Report on vaccination in the Province of Bengal - 1874-1889
Year: 1874
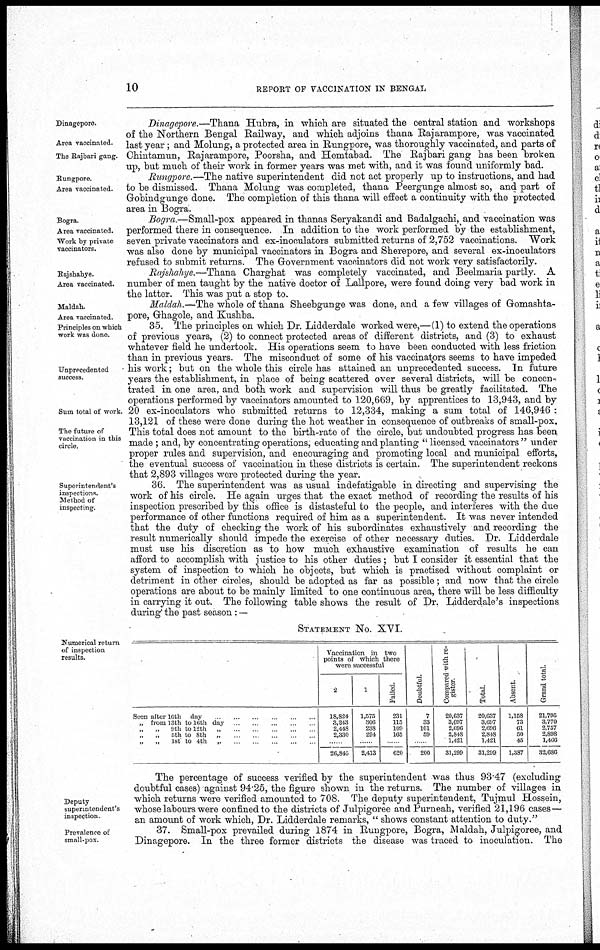
10
REPORT OF VACCINATION IN BENGAL
Dinagepore.
Area vaccinated.
The Rajbari gang
Rungpore.
Area vaccinated.
Dinagepore.—Thana Hubra, in which are situated the central station and workshops
of the Northern Bengal Railway, and which adjoins thana Rajarampore, was vaccinated
last year; and Molung, a protected area in Rungpore, was thoroughly vaccinated, and parts of
Chintamun, Rajarampore, Poorsha, and Hemtabad. The Rajbari gang has been broken
up, but much of their work in former years was met with, and it was found uniformly bad.
Rungpore.—The native superintendent did not act properly up to instructions, and had
to be dismissed. Thana Molung was completed, thana Peergunge almost so, and part of
Gobindgunge done. The completion of this thana will effect a continuity with the protected
area in Bogra.
Bogra.
Area vaccinated.
Work by private
vaccinators.
Bogra —Small-pox appeared in thanas Seryakandi and Badalgachi, and vaccination was
performed there in consequence. In addition to the work performed by the establishment,
seven private vaccinators and ex-inoculators submitted returns of 2,752 vaccinations. Work
was also done by municipal vaccinators in Bogra and Sherepore, and several ex-inoculators
refused to submit returns. The Government vaccinators did not work very satisfactorily.
Rajshahye.
Area vaccinated.
Rajshahye.—Thana Charghat was completely vaccinated, and Beelmaria partly. A
number of men taught by the native doctor of Lallpore, were found doing very bad work in
the latter. This was put a stop to.
Maldah.
Area vaccinated.
Maldah.—The whole of thana Sheebgunge was done, and a few villages of Gomashta¬
pore, Ghagole, and Kushba.
Principles on which
work was done.
Unprecedented
success.
Sum total of work.
The future of
vaccination in this
circle.
35. The principles on which Dr. Lidderdale worked were,— (1) to extend the operations
of previous years, (2) to connect protected areas of different districts, and (3) to exhaust
whatever field he undertook. His operations seem to have been conducted with less friction
than in previous years. The misconduct of some of his vaccinators seems to have impeded
his work; but on the whole this circle has attained an unprecedented success. In future
years the establishment, in place of being scattered over several districts, will be concen-
trated in one area, and both work and supervision will thus be greatly facilitated. The
operations performed by vaccinators amounted to 120,669, by apprentices to 13,943, and by
20 ex-inoculators who submitted returns to 12,334, making a sum total of 146,946 :
13,121 of these were done during the hot weather in consequence of outbreaks of small-pox.
This total does not amount to the birth-rate of the circle, but undoubted progress has been
made ; and, by concentrating operations, educating and planting "licensed vaccinators" under
proper rules and supervision, and encouraging and promoting local and municipal efforts,
the eventual success of vaccination in these districts is certain. The superintendent reckons
that 2,893 villages were protected during the year.
Superintendent's
inspections.
Method of
inspecting
36. The superintendent was as usual indefatigable in directing and supervising the
work of his circle. He again urges that the exact method of recording the results of his
inspection prescribed by this office is distasteful to the people, and interferes with the due
performance of other functions required of him as a superintendent. It was never intended
that the duty of checking the work of his subordinates exhaustively and recording the
result numerically should impede the exercise of other necessary duties. Dr. Lidderdale
must use his discretion as to how much exhaustive examination of results he can
afford to accomplish with justice to his other duties; but I consider it essential that the
system of inspection to which he objects, but which is practised without complaint or
detriment in other circles, should be adopted as far as possible; and now that the circle
operations are about to be mainly limited to one continuous area, there will be less difficulty
in carrying it out. The following table shows the result of Dr. Lidderdale's inspections
during the past season: —
Numerical return
of inspection
results.
STATEMENT No. XVI.
Seen after 16th day
„ from 13th to 16th day
„ „ 9th to 12th „
„ „ 5th to 8th „
„ „ 1st to 4th „
Vaccination in two
points of which there
were successful
2
18,824
3,243
2,448
2,330
26,845
1
1,575
306
238
294
2,413
Failed.
231
115
109
165
620
Doubtful.
7
33
101
59
200
Compared with re¬
gister
20,637
3,697
2,696
2,848
1,421
31,299
Total
20,637
3,697
2,696
2,848
1,421
31,299
Absent.
1,158
73
61
50
45
1,387
Grand total.
21,795
3,770
2,757
2,898
1,466
32,686
Deputy
superintendent's
inspection
The percentage of success verified by the superintendent was thus 93.47 (excluding
doubtful cases) against 94.25, the figure shown in the returns. The number of villages in
which returns were verified amounted to 708. The deputy superintendent, Tujmul Hossein,
whose labours were confined to the districts of Julpigoree and Purneah, verified 21,196 cases—
an amount of work which, Dr. Lidderdale remarks, " shows constant attention to duty."
Prevalence of
small-pox.
37. Small-pox prevailed during 1874 in Rungpore, Bogra, Maldah, Julpigoree, and
Dinagepore. In the three former districts the disease was traced to inoculation. The